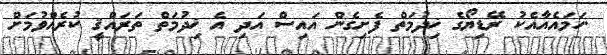
.ހަމައެއާއެކު ރޭޑިޔޯގެ ޚިދުމަތް ފެށިގެން އައިސް އަދި އެ ޚިދުމަތް ތަރައްޤީ ކުރެއްވުމަށް